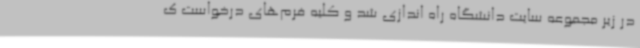
در زیر مجموعه سایت دانشگاه راه اندازی شد و کلیه فرم‌های درخواست ک